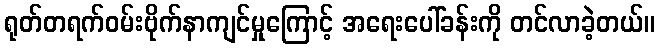
ရုတ်တရက်ဝမ်းဗိုက်နာကျင်မှုကြောင့် အရေးပေါ်ခန်းကို တင်လာခဲ့တယ်။